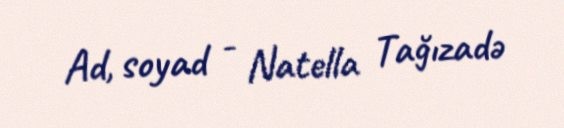
Ad, soyad - Natella Tağızadə